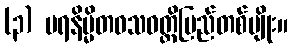
(၃) ပရနိမ္မိတဝသဝတ္တိပြည်တစ်မျိုး။